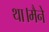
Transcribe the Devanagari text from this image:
था।मैने